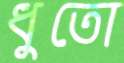
ধুতো